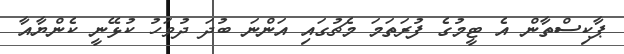
ޕާކިސްތާން އެ ޓީމުގެ ފުރަތަމަ މެޗުގައި އަންނަ ބުދަ ދުވަހު ކުޅޭނީ ކެންޔާއާ